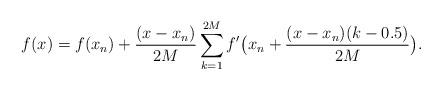
LaTeX: \begin{align*} f(x)= f(x_n)+\frac{(x-x_n)}{2M}\sum_{k=1}^{2M} f'\big(x_n+\frac{(x-x_n)(k-0.5)}{2M}\big).\end{align*}